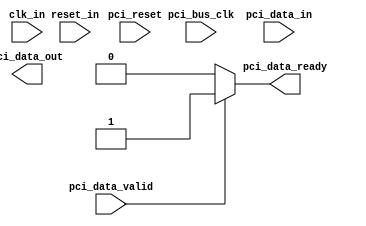
module pci_express_controller (
    input wire clk_in,
    input wire reset_in,
    input wire pci_bus_clk,
    input wire pci_reset,
    input wire [31:0] pci_data_in,
    output reg [31:0] pci_data_out,
    input wire pci_data_valid,
    output reg pci_data_ready
);

// Clock domain crossing module
always @(posedge clk_in or negedge reset_in) begin
    if (!reset_in) begin
       // Reset logic
    end else begin
       // Clock domain crossing logic
    end
end

// Synchronization logic module
always @(posedge pci_bus_clk or negedge pci_reset) begin
    if (!pci_reset) begin
       // Reset logic
    end else begin
       // Synchronization logic
    end
end

// Data transaction, address decoding, and bus arbitration logic
always @* begin
    if (pci_data_valid) begin
        // Data transaction logic
        // Address decoding logic
        // Bus arbitration logic
        pci_data_ready <= 1;
    end else begin
        pci_data_ready <= 0;
    end
end

endmodule